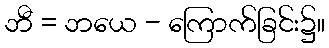
ဘီ = ဘယေ - ကြောက်ခြင်း၌။